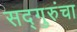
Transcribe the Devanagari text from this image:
सद्गुरुंचा